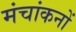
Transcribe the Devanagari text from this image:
मंचांकनों